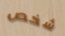
شخص